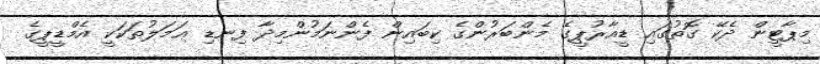
މިޕާޓީން ދެކޭ ގޮތުގައި ޑީއާރުޕީގެ މެންބަރުންގެ ކިބައިން ފެންނަމުންމިދާ ފިނޑި ޢަމަލުތަކަކީ އެމްޑީޕީގެ